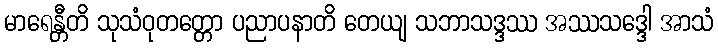
မာရေန္တီတိ သုသံဝုတတ္တော ပညာပနာတိ တေယျ သဘာသဒ္ဒဿ အဿသဒ္ဒေါ အာသံ